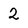
Character: 2